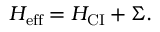
H _ { \mathrm { { e f f } } } = H _ { \mathrm { { C I } } } + \Sigma .